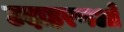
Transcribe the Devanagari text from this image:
उदाहरणओं